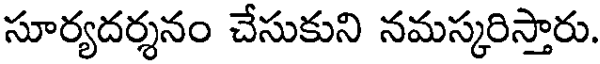
సూర్యదర్శనం చేసుకుని నమస్కరిస్తారు.